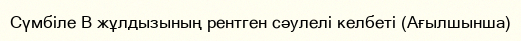
Сүмбіле В жұлдызының рентген сәулелі келбеті (Ағылшынша)